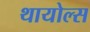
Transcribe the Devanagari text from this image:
थायोल्स